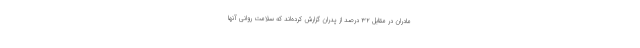
مادران در مقابل ۳۲ درصد از پدران گزارش کرده‌اند که سلامت روانی آنها